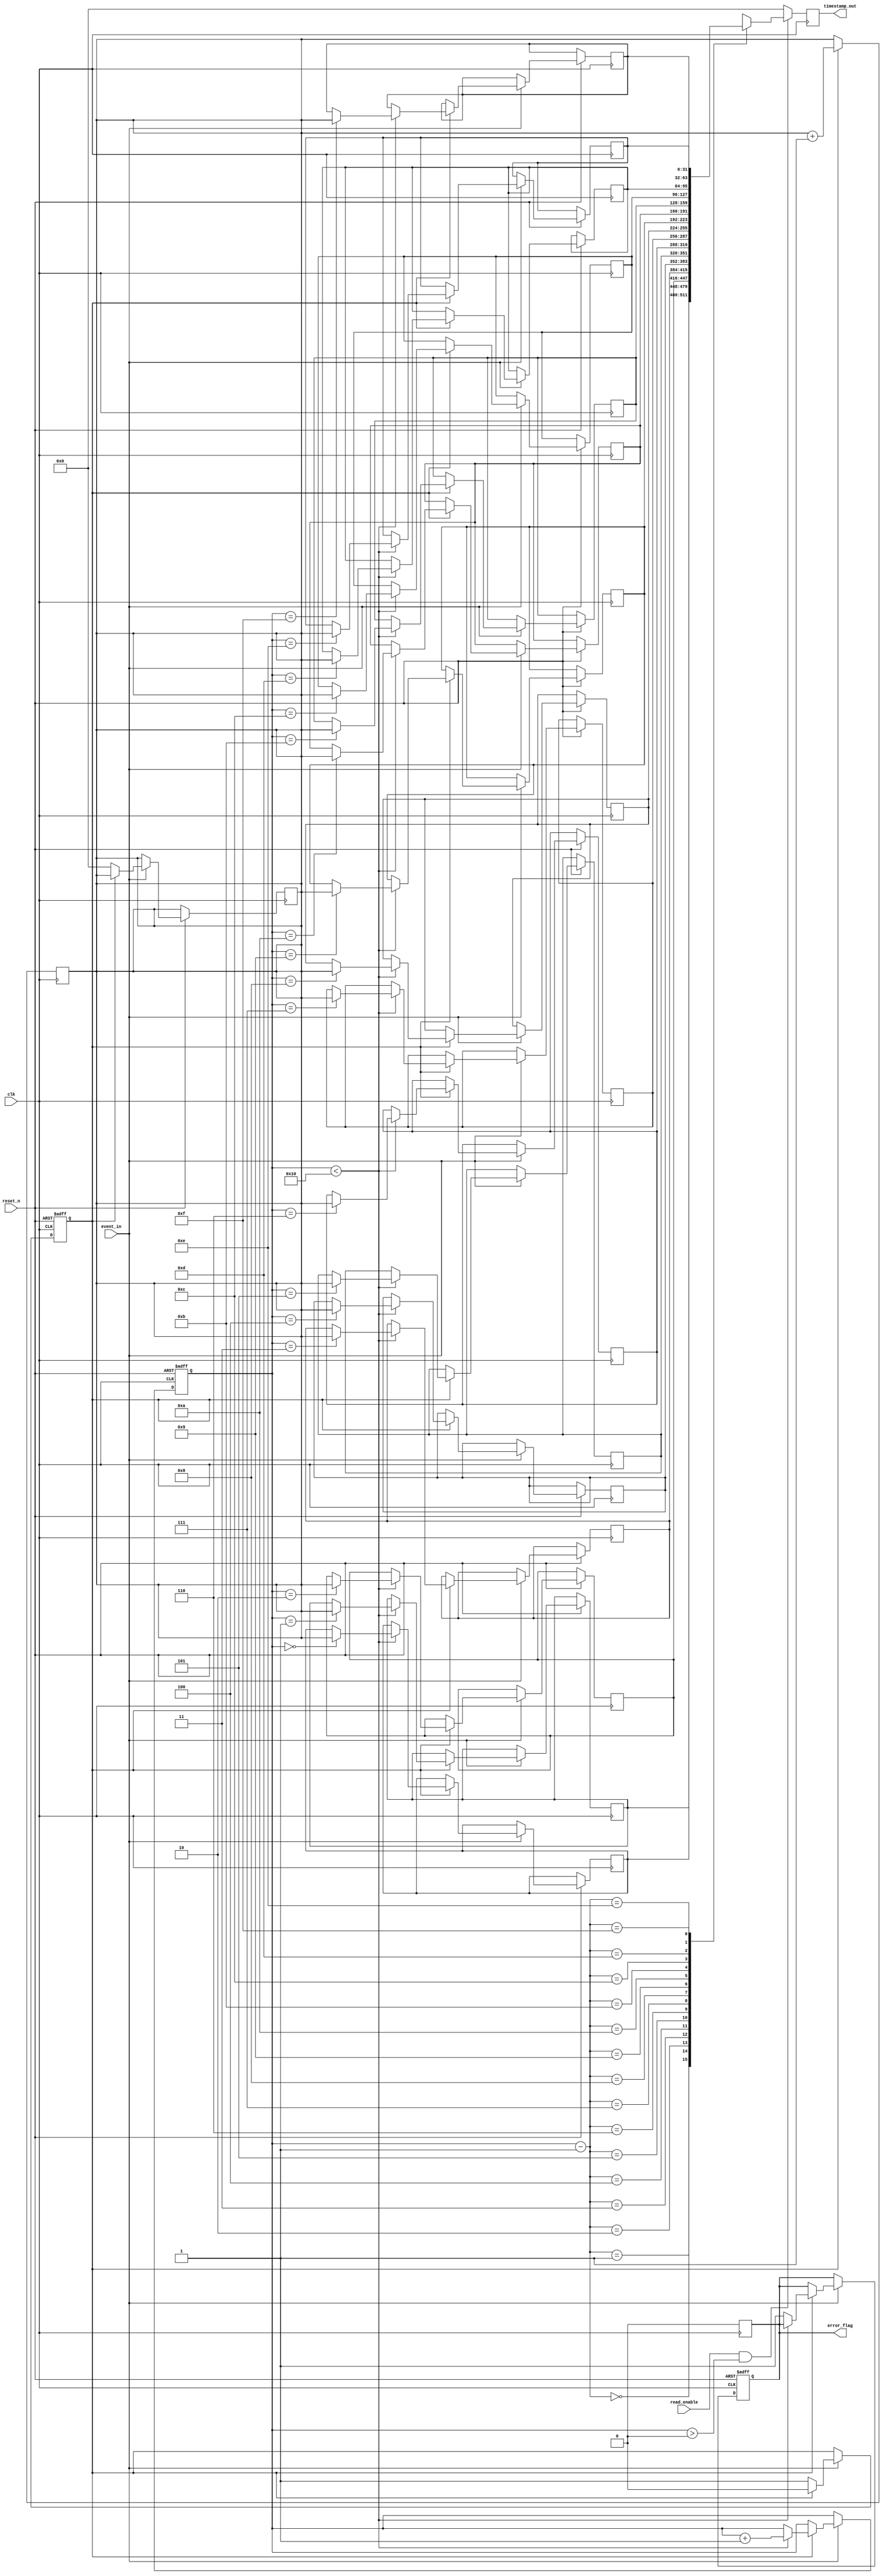
module MemoryBlocksEventTimerTDC (
    input wire clk,                  // System clock
    input wire reset_n,              // Active low reset
    input wire event_in,             // Event input signal
    input wire read_enable,           // Read enable signal
    output reg [31:0] timestamp_out, // Output timestamp
    output reg error_flag            // Error flag
);

    // Parameters
    parameter MAX_EVENTS = 16;       // Maximum number of events
    parameter TIMER_WIDTH = 32;      // Width of the timer

    // Internal signals
    reg [TIMER_WIDTH-1:0] timer_count; // Timer counter
    reg [TIMER_WIDTH-1:0] event_timestamps[MAX_EVENTS-1:0]; // Memory for timestamps
    reg [3:0] event_index;            // Current event index
    reg event_active;                  // Event active flag
    reg calibration_mode;              // Calibration mode flag

    // Event Detection Unit
    always @(posedge clk or negedge reset_n) begin
        if (!reset_n) begin
            event_active <= 1'b0;
            event_index <= 4'b0;
            error_flag <= 1'b0;
        end else if (event_in) begin
            if (!event_active) begin
                // Start of an event
                event_active <= 1'b1;
                timer_count <= 32'b0; // Reset timer count
            end else begin
                // End of an event
                if (event_index < MAX_EVENTS) begin
                    event_timestamps[event_index] <= timer_count; // Store timestamp
                    event_index <= event_index + 1; // Increment event index
                end else begin
                    error_flag <= 1'b1; // Set error flag if max events reached
                end
                event_active <= 1'b0; // Reset event active flag
            end
        end
    end

    // Timer Core
    always @(posedge clk) begin
        if (event_active) begin
            timer_count <= timer_count + 1; // Increment timer count
        end
    end

    // Memory Interface (Read Operation)
    always @(posedge clk) begin
        if (read_enable && event_index > 0) begin
            timestamp_out <= event_timestamps[event_index - 1]; // Output last stored timestamp
        end else begin
            timestamp_out <= 32'b0; // Default output
        end
    end

    // Error Handling Unit
    always @(posedge clk) begin
        if (error_flag) begin
            // Handle error (could be logging or resetting)
            // For simplicity, we just reset the error flag
            error_flag <= 1'b0;
        end
    end

endmodule